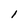
Character: I